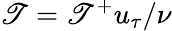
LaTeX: \mathscr{T}=\mathscr{T}^{+}u_{\tau}/\nu